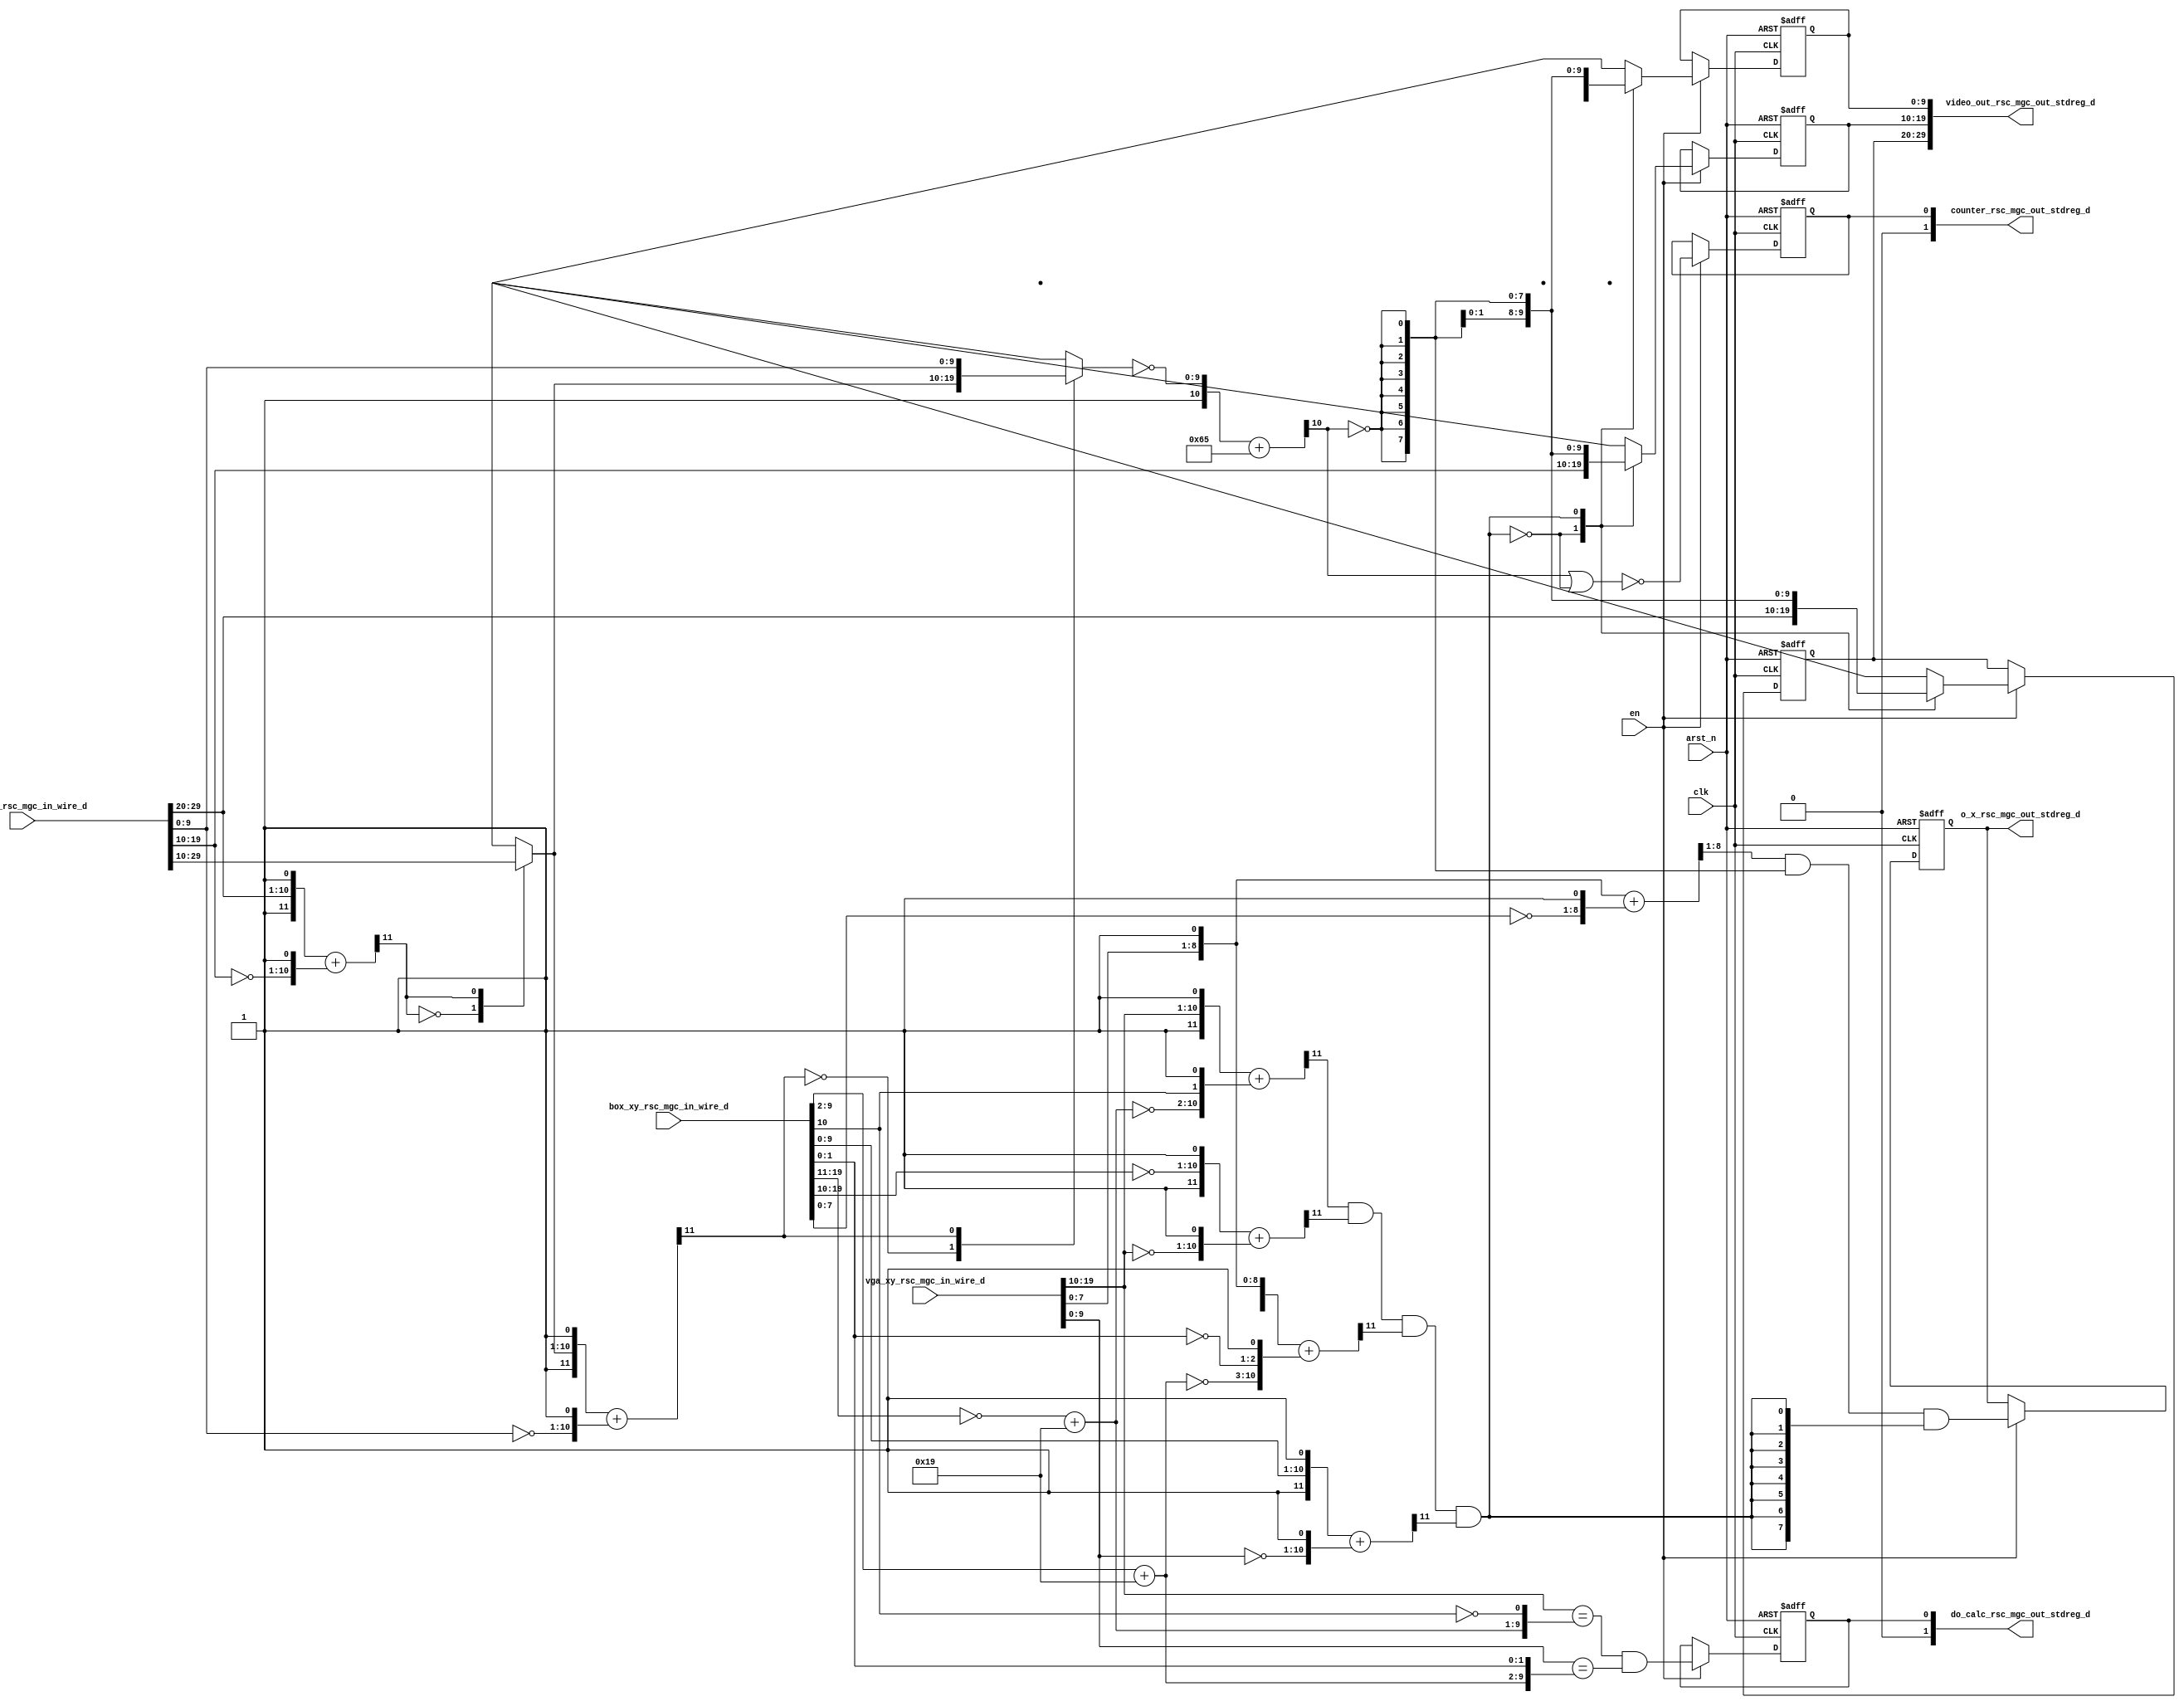
module is_pixel_match_core (
  clk, en, arst_n, video_in_rsc_mgc_in_wire_d, video_out_rsc_mgc_out_stdreg_d, box_xy_rsc_mgc_in_wire_d,
      vga_xy_rsc_mgc_in_wire_d, o_x_rsc_mgc_out_stdreg_d, counter_rsc_mgc_out_stdreg_d,
      do_calc_rsc_mgc_out_stdreg_d
);
  input clk;
  input en;
  input arst_n;
  input [29:0] video_in_rsc_mgc_in_wire_d;
  output [29:0] video_out_rsc_mgc_out_stdreg_d;
  input [19:0] box_xy_rsc_mgc_in_wire_d;
  input [19:0] vga_xy_rsc_mgc_in_wire_d;
  output [7:0] o_x_rsc_mgc_out_stdreg_d;
  reg [7:0] o_x_rsc_mgc_out_stdreg_d;
  output [1:0] counter_rsc_mgc_out_stdreg_d;
  output [1:0] do_calc_rsc_mgc_out_stdreg_d;


  // Interconnect Declarations
  wire [7:0] box_r_sg1_sva_1;
  wire [8:0] nl_box_r_sg1_sva_1;
  wire [9:0] luma_lpi_dfm_mx0;
  wire [8:0] box_b_sg1_sva_1;
  wire [9:0] nl_box_b_sg1_sva_1;
  reg [9:0] reg_video_out_rsc_mgc_out_stdreg_d_tmp;
  reg [9:0] reg_video_out_rsc_mgc_out_stdreg_d_tmp_1;
  reg [9:0] reg_video_out_rsc_mgc_out_stdreg_d_tmp_2;
  reg reg_do_calc_rsc_mgc_out_stdreg_d_reg;
  reg reg_counter_rsc_mgc_out_stdreg_d_reg;
  wire land_lpi_dfm;
  wire [10:0] if_2_acc_itm;
  wire [11:0] nl_if_2_acc_itm;

  wire[9:0] mux_1_nl;

  // Interconnect Declarations for Component Instantiations 
  assign do_calc_rsc_mgc_out_stdreg_d = {1'b0, reg_do_calc_rsc_mgc_out_stdreg_d_reg};
  assign counter_rsc_mgc_out_stdreg_d = {1'b0, reg_counter_rsc_mgc_out_stdreg_d_reg};
  assign video_out_rsc_mgc_out_stdreg_d = {reg_video_out_rsc_mgc_out_stdreg_d_tmp
      , reg_video_out_rsc_mgc_out_stdreg_d_tmp_1 , reg_video_out_rsc_mgc_out_stdreg_d_tmp_2};
  assign mux_1_nl = MUX_v_10_2_2({luma_lpi_dfm_mx0 , (video_in_rsc_mgc_in_wire_d[9:0])},
      readslicef_12_1_11((({1'b1 , luma_lpi_dfm_mx0 , 1'b1}) + conv_u2u_11_12({(~
      (video_in_rsc_mgc_in_wire_d[9:0])) , 1'b1}))));
  assign nl_if_2_acc_itm = ({1'b1 , (~ (mux_1_nl))}) + 11'b1100101;
  assign if_2_acc_itm = nl_if_2_acc_itm[10:0];
  assign luma_lpi_dfm_mx0 = MUX_v_10_2_2({(video_in_rsc_mgc_in_wire_d[29:20]) , (video_in_rsc_mgc_in_wire_d[19:10])},
      readslicef_12_1_11((({1'b1 , (video_in_rsc_mgc_in_wire_d[29:20]) , 1'b1}) +
      conv_u2u_11_12({(~ (video_in_rsc_mgc_in_wire_d[19:10])) , 1'b1}))));
  assign nl_box_b_sg1_sva_1 = (~ (box_xy_rsc_mgc_in_wire_d[19:11])) + 9'b11001;
  assign box_b_sg1_sva_1 = nl_box_b_sg1_sva_1[8:0];
  assign nl_box_r_sg1_sva_1 = (box_xy_rsc_mgc_in_wire_d[9:2]) + 8'b11001;
  assign box_r_sg1_sva_1 = nl_box_r_sg1_sva_1[7:0];
  assign land_lpi_dfm = (readslicef_12_1_11((({1'b1 , (vga_xy_rsc_mgc_in_wire_d[19:10])
      , 1'b1}) + conv_u2u_11_12({(~ box_b_sg1_sva_1) , (box_xy_rsc_mgc_in_wire_d[10])
      , 1'b1})))) & (readslicef_12_1_11((({1'b1 , (~ (box_xy_rsc_mgc_in_wire_d[19:10]))
      , 1'b1}) + conv_u2u_11_12({(~ (vga_xy_rsc_mgc_in_wire_d[19:10])) , 1'b1}))))
      & (readslicef_12_1_11((({1'b1 , (vga_xy_rsc_mgc_in_wire_d[9:0]) , 1'b1}) +
      conv_u2u_11_12({(~ box_r_sg1_sva_1) , (~ (box_xy_rsc_mgc_in_wire_d[1:0])) ,
      1'b1})))) & (readslicef_12_1_11((({1'b1 , (box_xy_rsc_mgc_in_wire_d[9:0]) ,
      1'b1}) + conv_u2u_11_12({(~ (vga_xy_rsc_mgc_in_wire_d[9:0])) , 1'b1}))));
  always @(posedge clk or negedge arst_n) begin
    if ( ~ arst_n ) begin
      reg_do_calc_rsc_mgc_out_stdreg_d_reg <= 1'b0;
      reg_counter_rsc_mgc_out_stdreg_d_reg <= 1'b0;
      o_x_rsc_mgc_out_stdreg_d <= 8'b0;
      reg_video_out_rsc_mgc_out_stdreg_d_tmp <= 10'b0;
      reg_video_out_rsc_mgc_out_stdreg_d_tmp_1 <= 10'b0;
      reg_video_out_rsc_mgc_out_stdreg_d_tmp_2 <= 10'b0;
    end
    else begin
      if ( en ) begin
        reg_do_calc_rsc_mgc_out_stdreg_d_reg <= ((vga_xy_rsc_mgc_in_wire_d[19:10])
            == ({box_b_sg1_sva_1 , (~ (box_xy_rsc_mgc_in_wire_d[10]))})) & ((vga_xy_rsc_mgc_in_wire_d[9:0])
            == ({box_r_sg1_sva_1 , (box_xy_rsc_mgc_in_wire_d[1:0])}));
        reg_counter_rsc_mgc_out_stdreg_d_reg <= ~((if_2_acc_itm[10]) | (~ land_lpi_dfm));
        o_x_rsc_mgc_out_stdreg_d <= (readslicef_9_8_1((({(vga_xy_rsc_mgc_in_wire_d[7:0])
            , 1'b1}) + ({(~ (box_xy_rsc_mgc_in_wire_d[7:0])) , 1'b1})))) & (signext_8_1(~
            (if_2_acc_itm[10]))) & ({{7{land_lpi_dfm}}, land_lpi_dfm});
        reg_video_out_rsc_mgc_out_stdreg_d_tmp <= MUX_v_10_2_2({(video_in_rsc_mgc_in_wire_d[29:20])
            , (signext_10_1(~ (if_2_acc_itm[10])))}, land_lpi_dfm);
        reg_video_out_rsc_mgc_out_stdreg_d_tmp_1 <= MUX_v_10_2_2({(video_in_rsc_mgc_in_wire_d[19:10])
            , (signext_10_1(~ (if_2_acc_itm[10])))}, land_lpi_dfm);
        reg_video_out_rsc_mgc_out_stdreg_d_tmp_2 <= MUX_v_10_2_2({(video_in_rsc_mgc_in_wire_d[9:0])
            , (signext_10_1(~ (if_2_acc_itm[10])))}, land_lpi_dfm);
      end
    end
  end

  function [9:0] MUX_v_10_2_2;
    input [19:0] inputs;
    input [0:0] sel;
    reg [9:0] result;
  begin
    case (sel)
      1'b0 : begin
        result = inputs[19:10];
      end
      1'b1 : begin
        result = inputs[9:0];
      end
      default : begin
        result = inputs[19:10];
      end
    endcase
    MUX_v_10_2_2 = result;
  end
  endfunction


  function [0:0] readslicef_12_1_11;
    input [11:0] vector;
    reg [11:0] tmp;
  begin
    tmp = vector >> 11;
    readslicef_12_1_11 = tmp[0:0];
  end
  endfunction


  function [7:0] readslicef_9_8_1;
    input [8:0] vector;
    reg [8:0] tmp;
  begin
    tmp = vector >> 1;
    readslicef_9_8_1 = tmp[7:0];
  end
  endfunction


  function [7:0] signext_8_1;
    input [0:0] vector;
  begin
    signext_8_1= {{7{vector[0]}}, vector};
  end
  endfunction


  function [9:0] signext_10_1;
    input [0:0] vector;
  begin
    signext_10_1= {{9{vector[0]}}, vector};
  end
  endfunction


  function  [11:0] conv_u2u_11_12 ;
    input [10:0]  vector ;
  begin
    conv_u2u_11_12 = {1'b0, vector};
  end
  endfunction

endmodule
module is_pixel_match (
  video_in_rsc_z, video_out_rsc_z, box_xy_rsc_z, vga_xy_rsc_z, o_x_rsc_z, counter_rsc_z,
      do_calc_rsc_z, clk, en, arst_n
);
  input [29:0] video_in_rsc_z;
  output [29:0] video_out_rsc_z;
  input [19:0] box_xy_rsc_z;
  input [19:0] vga_xy_rsc_z;
  output [7:0] o_x_rsc_z;
  output [1:0] counter_rsc_z;
  output [1:0] do_calc_rsc_z;
  input clk;
  input en;
  input arst_n;


  // Interconnect Declarations
  wire [29:0] video_in_rsc_mgc_in_wire_d;
  wire [29:0] video_out_rsc_mgc_out_stdreg_d;
  wire [19:0] box_xy_rsc_mgc_in_wire_d;
  wire [19:0] vga_xy_rsc_mgc_in_wire_d;
  wire [7:0] o_x_rsc_mgc_out_stdreg_d;
  wire [1:0] counter_rsc_mgc_out_stdreg_d;
  wire [1:0] do_calc_rsc_mgc_out_stdreg_d;


  // Interconnect Declarations for Component Instantiations 
  mgc_in_wire #(.rscid(1),
  .width(30)) video_in_rsc_mgc_in_wire (
      .d(video_in_rsc_mgc_in_wire_d),
      .z(video_in_rsc_z)
    );
  mgc_out_stdreg #(.rscid(2),
  .width(30)) video_out_rsc_mgc_out_stdreg (
      .d(video_out_rsc_mgc_out_stdreg_d),
      .z(video_out_rsc_z)
    );
  mgc_in_wire #(.rscid(3),
  .width(20)) box_xy_rsc_mgc_in_wire (
      .d(box_xy_rsc_mgc_in_wire_d),
      .z(box_xy_rsc_z)
    );
  mgc_in_wire #(.rscid(4),
  .width(20)) vga_xy_rsc_mgc_in_wire (
      .d(vga_xy_rsc_mgc_in_wire_d),
      .z(vga_xy_rsc_z)
    );
  mgc_out_stdreg #(.rscid(5),
  .width(8)) o_x_rsc_mgc_out_stdreg (
      .d(o_x_rsc_mgc_out_stdreg_d),
      .z(o_x_rsc_z)
    );
  mgc_out_stdreg #(.rscid(6),
  .width(2)) counter_rsc_mgc_out_stdreg (
      .d(counter_rsc_mgc_out_stdreg_d),
      .z(counter_rsc_z)
    );
  mgc_out_stdreg #(.rscid(7),
  .width(2)) do_calc_rsc_mgc_out_stdreg (
      .d(do_calc_rsc_mgc_out_stdreg_d),
      .z(do_calc_rsc_z)
    );
  is_pixel_match_core is_pixel_match_core_inst (
      .clk(clk),
      .en(en),
      .arst_n(arst_n),
      .video_in_rsc_mgc_in_wire_d(video_in_rsc_mgc_in_wire_d),
      .video_out_rsc_mgc_out_stdreg_d(video_out_rsc_mgc_out_stdreg_d),
      .box_xy_rsc_mgc_in_wire_d(box_xy_rsc_mgc_in_wire_d),
      .vga_xy_rsc_mgc_in_wire_d(vga_xy_rsc_mgc_in_wire_d),
      .o_x_rsc_mgc_out_stdreg_d(o_x_rsc_mgc_out_stdreg_d),
      .counter_rsc_mgc_out_stdreg_d(counter_rsc_mgc_out_stdreg_d),
      .do_calc_rsc_mgc_out_stdreg_d(do_calc_rsc_mgc_out_stdreg_d)
    );
endmodule